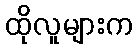
ထိုလူများက